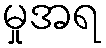
မှုအရ